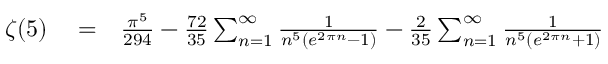
\begin{array} { r l r } { \zeta ( 5 ) } & { { } = } & { \frac { \pi ^ { 5 } } { 2 9 4 } - \frac { 7 2 } { 3 5 } \sum _ { n = 1 } ^ { \infty } \frac { 1 } { n ^ { 5 } \left( e ^ { 2 \pi n } - 1 \right) } - \frac { 2 } { 3 5 } \sum _ { n = 1 } ^ { \infty } \frac { 1 } { n ^ { 5 } \left( e ^ { 2 \pi n } + 1 \right) } } \end{array}